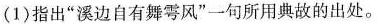
(1)指出”溪边自有舞雩风”一句所用典故的出处。